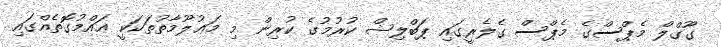
ގޫގްލް މެޕްސްގެ މެޕްސް ގެލެރީގައި ޕަބްލިޝް ކުރުމުގެ ކުރިން މި މަޢުލޫމާތުތަކަކީ ޢައްމުގޮތެއްގައި